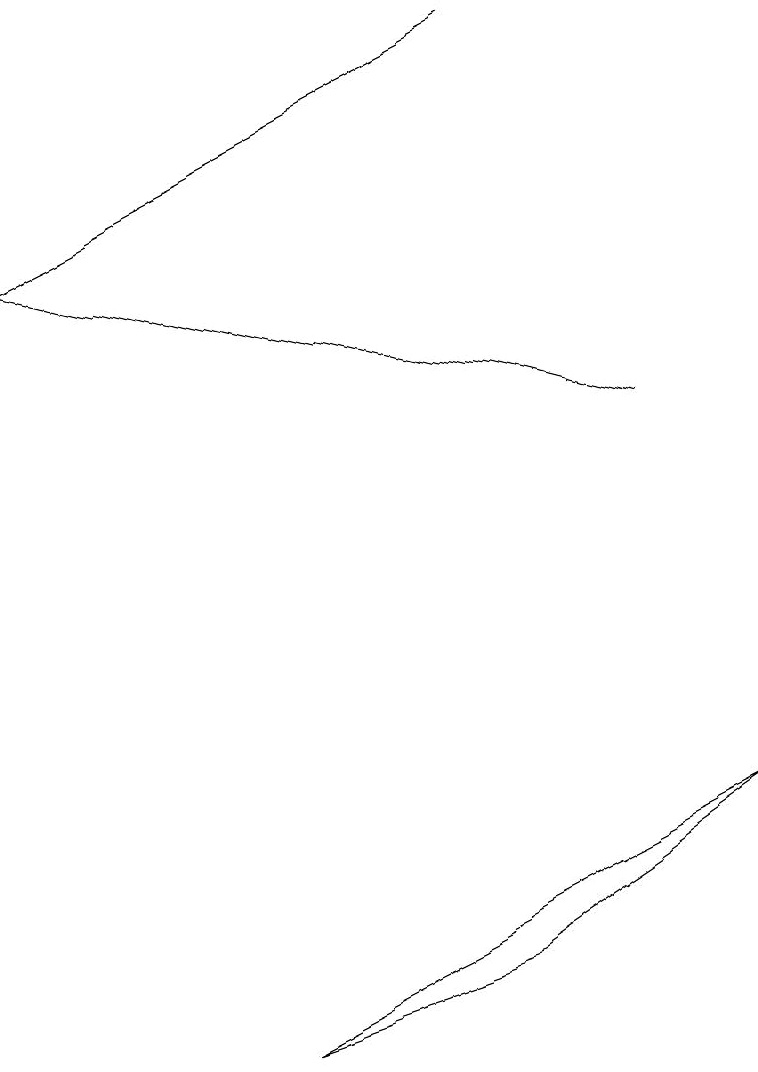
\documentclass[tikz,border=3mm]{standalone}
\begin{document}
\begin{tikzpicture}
\draw[->] (6,19) -- (0,16);
\draw (6,7) -- (3,6) -- (9,9) -- cycle;
\draw[->] (8,14) -- (0,16);
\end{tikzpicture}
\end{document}